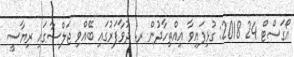
އޯގަސްޓް 24 2018: ގުޅިފައިވާ އިއްތިހާދުން ރ. ދުވާފަރުގައި ބޭއްވި ޖަލްސާގައި ރިޔާސީ